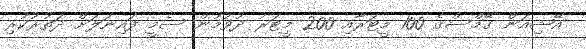
އޭޝިއަން ގޭމްސްގެ 100 މީޓަރާއި 200 މީޓަރު ދުވުމުން ސެމީ ފައިނަލަށް ދަތުރުކުރި